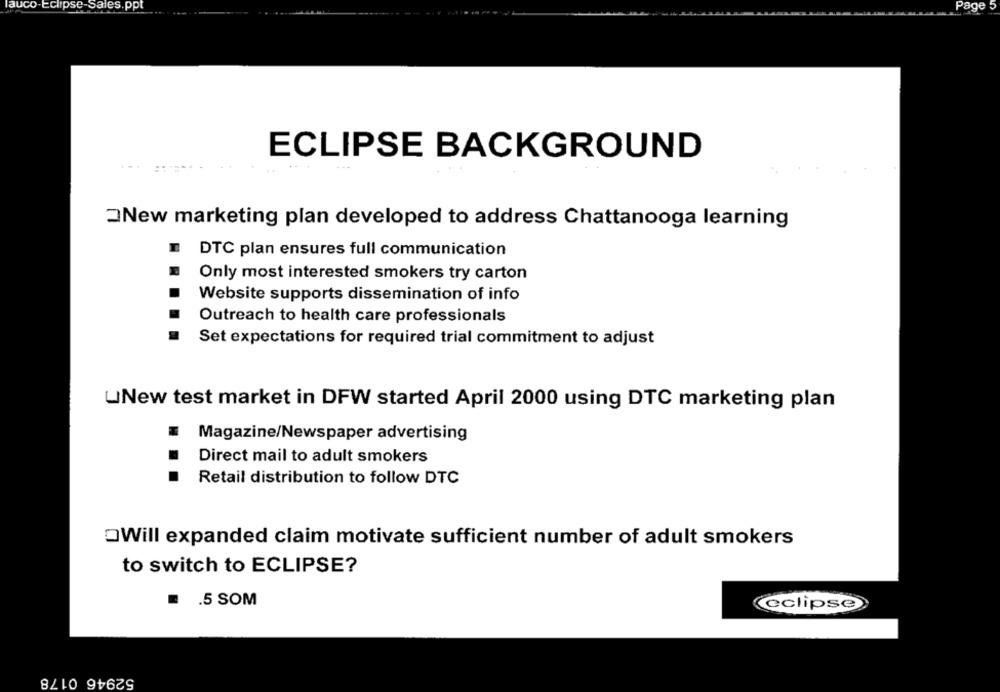
lauco-Eclipse-Sales.ppt
Page 5
ECLIPSE BACKGROUND
New marketing plan developed to address Chattanooga learning
DTC plan ensures full communication
Only most interested smokers try carton
Website supports dissemination of info
Outreach to health care professionals
Set expectations for required trial commitment to adjust
UNew test market in DFW started April 2000 using DTC marketing plan
Magazine/Newspaper advertising
Direct mail to adult smokers
Retail distribution to follow DTC
OWill expanded claim motivate sufficient number of adult smokers
to switch to ECLIPSE?
.5 SOM
(eclipse
52946 0178